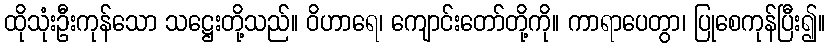
ထိုသုံးဦးကုန်သော သဋ္ဌေးတို့သည်။ ဝိဟာရေ၊ ကျောင်းတော်တို့ကို။ ကာရာပေတွာ၊ ပြုစေကုန်ပြီး၍။